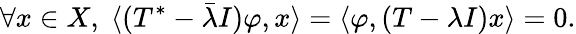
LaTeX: \forall x\in X,\; \langle(T^{*}-{\bar{\lambda}}I)\varphi,x\rangle=\langle\varphi,(T-\lambda I)x\rangle=0.